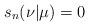
LaTeX: \begin{align*} s_n(\nu|\mu) = 0 \end{align*}